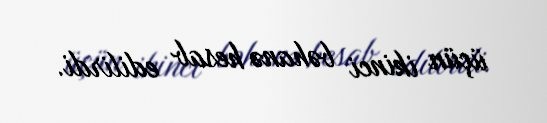
üçün ikinci bəhanə hesab edilirdi.